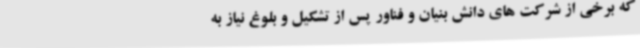
که برخی از شرکت های دانش بنیان و فناور پس از تشکیل و بلوغ نیاز به